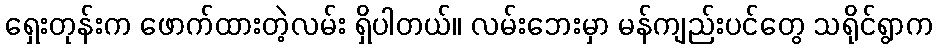
ရှေးတုန်းက ဖောက်ထားတဲ့လမ်း ရှိပါတယ်။ လမ်းဘေးမှာ မန်ကျည်းပင်တွေ သရိုင်ရွာက